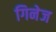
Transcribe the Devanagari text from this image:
गिनेज